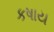
કષાય